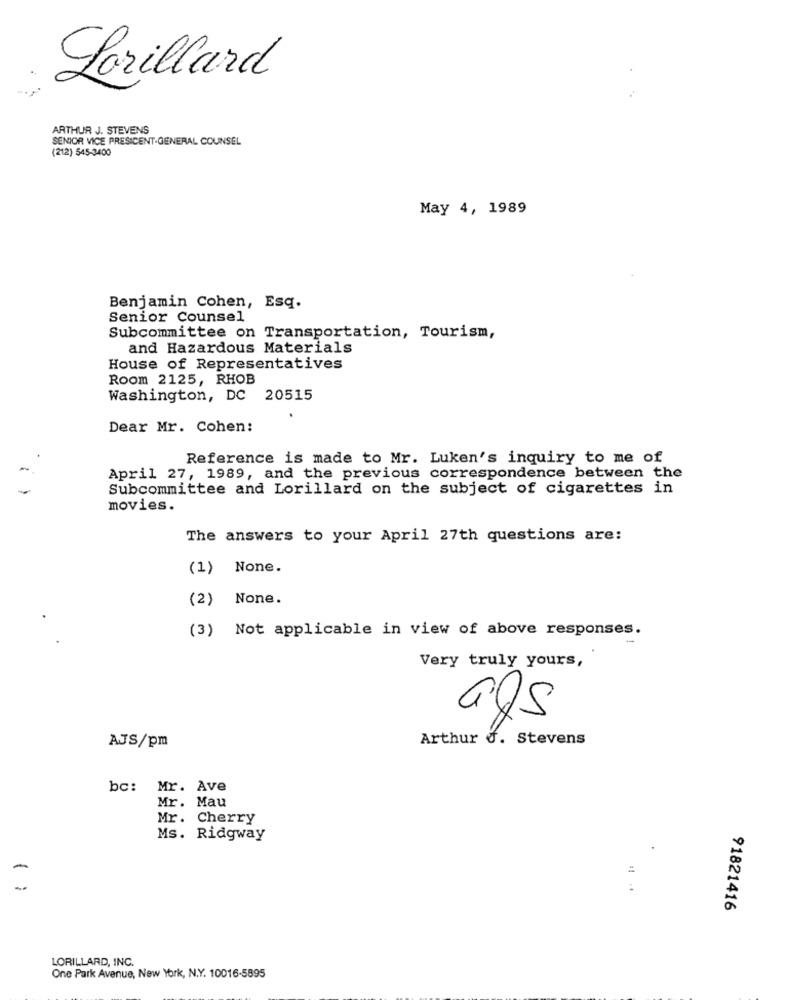
Lorillard
ARTHUR J. STEVENS
SENIOR VICE PRESICENT-GENERAL COUNSEL
(212) 545-3400
May 4, 1989
Benjamin Cohen, Esq.
Senior Counsel
Subcommittee on Transportation, Tourism,
and Hazardous Materials
House of Representatives
Room 2125, RHOB
Washington, DC 20515
Dear Mr. Cohen:
Reference is made to Mr. Luken's inquiry to me of
April 27, 1989, and the previous correspondence between the
Subcommittee and Lorillard on the subject of cigarettes in
movies.
The answers to your April 27th questions are:
(1)
None.
(2)
None.
(3) Not applicable in view of above responses.
Very truly yours,
Arthur J. Stevens
AJS/pm
bc: Mr. Ave
Mr. Mau
Mr. Cherry
Ms. Ridgway
#1
-
91821416
LORILLARD, INC.
One Park Avenue, New York, N.Y. 10016-5895